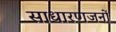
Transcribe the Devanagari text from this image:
साधारणजनों